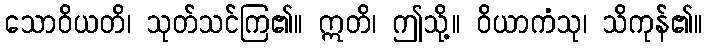
သောဝိယတိ၊ သုတ်သင်ကြ၏။ ဣတိ၊ ဤသို့။ ဝိယာကံသု၊ သိကုန်၏။